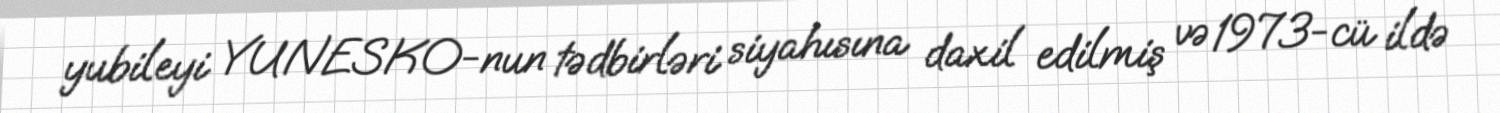
yubileyi YUNESKO-nun tədbirləri siyahısına daxil edilmiş və 1973-cü ildə